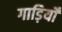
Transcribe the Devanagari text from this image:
गाड़ियोँ